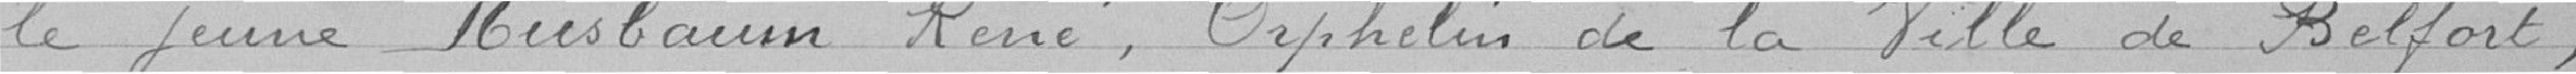
le jeune Nusbaum René, Orphelin de la Ville de Belfort,